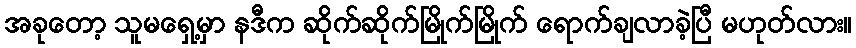
အခုတော့ သူမရှေ့မှာ နဒီက ဆိုက်ဆိုက်မြိုက်မြိုက် ရောက်ချလာခဲ့ပြီ မဟုတ်လား။